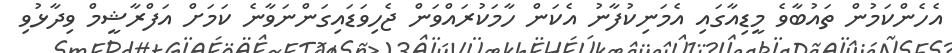
އެހެންކަމުން ތައުބާވެ މީޑިއާގައި އެމަނިކުފާނު އެކަން ހާމަކުރައްވަން ޖެހިވަޑައިގަންނަވާނެ ކަމަށް އަފްރާޝީމް ވިދާޅުވި